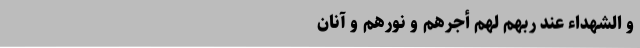
وَ الشُّهَداءُ عِنْدَ رَبِّهِمْ لَهُمْ أَجْرُهُمْ وَ نُورُهُمْ و آنان